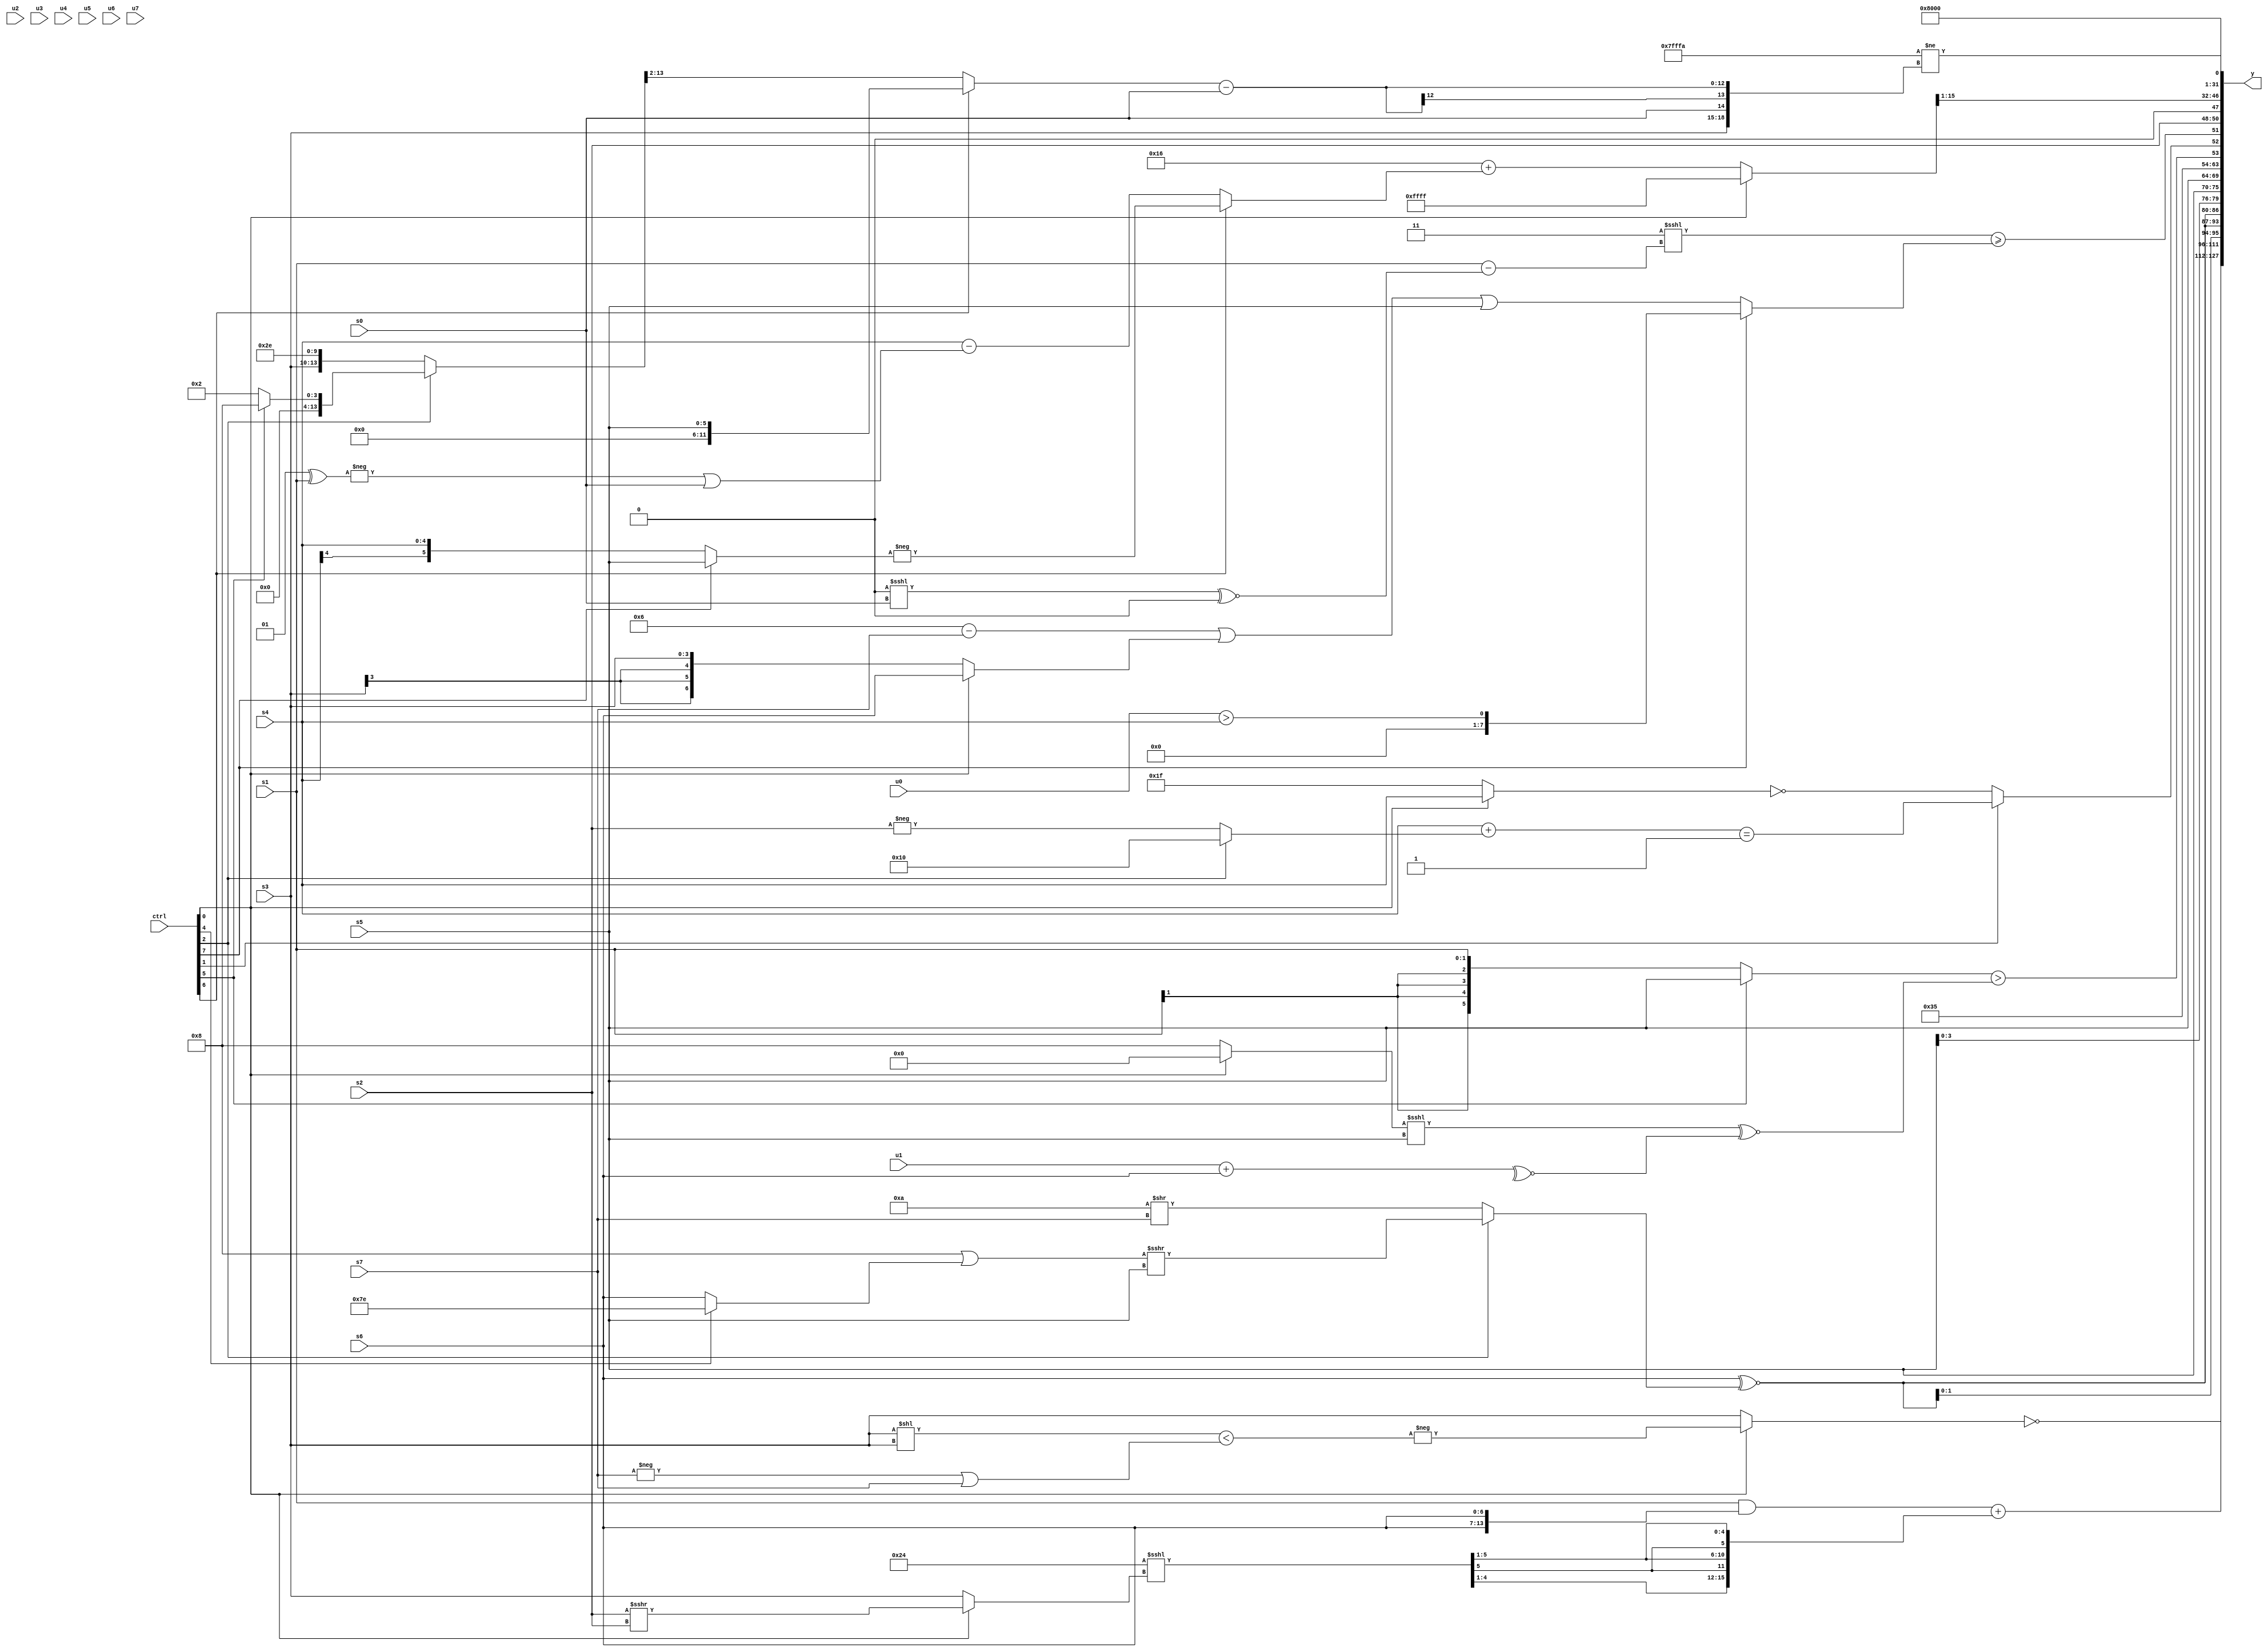
module wideexpr_00542(ctrl, u0, u1, u2, u3, u4, u5, u6, u7, s0, s1, s2, s3, s4, s5, s6, s7, y);
  input [7:0] ctrl;
  input [0:0] u0;
  input [1:0] u1;
  input [2:0] u2;
  input [3:0] u3;
  input [4:0] u4;
  input [5:0] u5;
  input [6:0] u6;
  input [7:0] u7;
  input signed [0:0] s0;
  input signed [1:0] s1;
  input signed [2:0] s2;
  input signed [3:0] s3;
  input signed [4:0] s4;
  input signed [5:0] s5;
  input signed [6:0] s6;
  input signed [7:0] s7;
  output [127:0] y;
  wire [15:0] y0;
  wire [15:0] y1;
  wire [15:0] y2;
  wire [15:0] y3;
  wire [15:0] y4;
  wire [15:0] y5;
  wire [15:0] y6;
  wire [15:0] y7;
  assign y = {y0,y1,y2,y3,y4,y5,y6,y7};
  assign y0 = ~($signed(+((ctrl[0]?-(((s3)<<(s3))<((-(s7))|($signed(s7)))):$signed(s3)))));
  assign y1 = (({s1})&({2{s6}}))+({3{((6'sb100100)<<<((ctrl[0]?(s2)>>>(s2):s3)))>>>(1'sb1)}});
  assign y2 = {4{$signed((s6)^~($signed($signed((ctrl[2]?(((2'sb11)<<<(2'sb11))|((ctrl[4]?3'sb110:s6)))>>>($signed(s5)):($signed((5'b11000)-(6'sb011110)))>>($unsigned($signed(s7))))))))}};
  assign y3 = {3{s5}};
  assign y4 = {{6'sb110101,((ctrl[5]?s5:s1))>((+(((ctrl[0]?2'sb00:4'sb1000))<<<(s5)))^~($signed(~^((u1)+(s6))))),(ctrl[1]?((s4)+((ctrl[2]?5'sb10000:-(s2))))==(-((3'sb001)<<<(2'b00))):!((ctrl[0]?s4:$signed(1'b1))))},((3'b011)<<<(($signed(s1))-($unsigned(((1'sb0)<<<(s0))^~(1'sb0)))))>=((ctrl[7]?(u0)>(s4):$unsigned((((4'sb0110)-(s7))|((ctrl[0]?s6:s3)))|(s5)))),s2};
  assign y5 = ((ctrl[0]?2'sb11:(6'sb110110)+((ctrl[6]?-((ctrl[7]?s5:s4)):(s4)-(((-((3'sb001)^(s1)))|($signed(s0)))>>>(1'b0))))))>>(4'sb0001);
  assign y6 = 3'b001;
  assign y7 = (~(3'sb101))!=({$signed(s3),&(s0),$signed(((ctrl[6]?s5:((ctrl[2]?(ctrl[5]?$signed(4'sb1000):+(2'b10)):$signed({s3,6'b000010,4'sb1110})))>>(3'sb010)))-(s0))});
endmodule